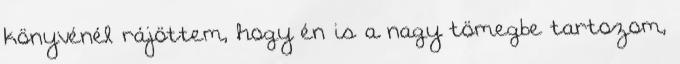
könyvénél rájöttem, hogy én is a nagy tömegbe tartozom,